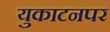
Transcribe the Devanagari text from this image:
युकाटनपर